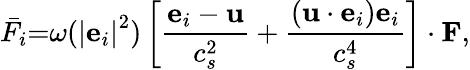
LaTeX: {{\bar{F}}_{i}}\mathrm{{=}}\omega({\left|{{{\mathbf{e}}_{i}}}\right|^{2}})\left[{\frac{{{{\mathbf{e}}_{i}}-{\mathbf{u}}}}{{c_{s}^{2}}}+\frac{{({\mathbf{u}}\cdot{{\mathbf{e}}_{i}}){{\mathbf{e}}_{i}}}}{{c_{s}^{4}}}}\right]\cdot{\mathbf{F}},